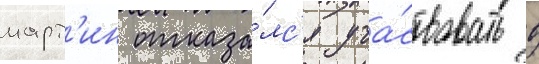
март'ин отказа́лс'я уча́ствовать в